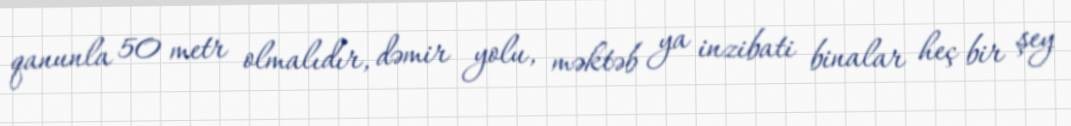
qanunla 50 metr olmalıdır, dəmir yolu, məktəb ya inzibati binalar heç bir şey